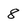
Character: 8